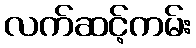
လက်ဆင့်ကမ်း